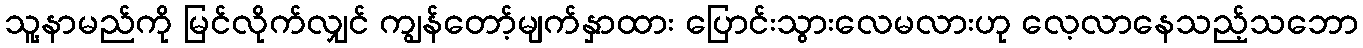
သူ့နာမည်ကို မြင်လိုက်လျှင် ကျွန်တော့်မျက်နှာထား ပြောင်းသွားလေမလားဟု လေ့လာနေသည့်သဘော